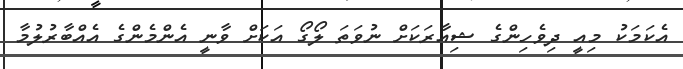
އެކަމަކު މިއީ ދިވެހިންގެ ޝިއާރަކަށް ނުވަތަ ލޯގޯ އަކަށް ވާނީ އެންމެންގެ އެއްބާރުލުމާ